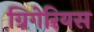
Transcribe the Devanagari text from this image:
ग्रिगेरियस